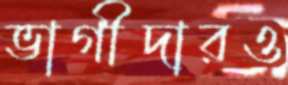
ভাগীদারও